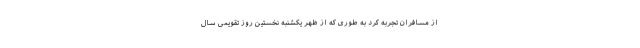
از مسافران تجربه کرد به طوری که از ظهر یکشنبه نخستین روز تقویمی سال